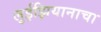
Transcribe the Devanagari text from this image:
लुईझियानाचा